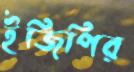
ইজিপির